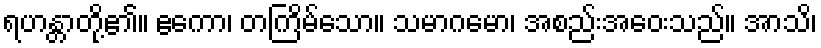
ရဟန္တာတို့၏။ ဧကော၊ တကြိမ်သော။ သမာဂမော၊ အစည်းအဝေးသည်။ အာသိ၊